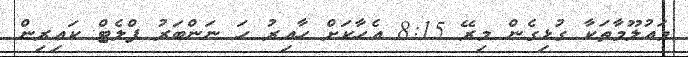
މައުލޫމާތަކާ ގުޅިގެން މިރޭ 8:15 އެހާކަށް ހާއިރު ހަ ނަންބަރު ފްލެޓް ކައިރިން